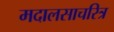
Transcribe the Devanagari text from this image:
मदालसाचरित्र